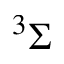
^ 3 \Sigma